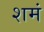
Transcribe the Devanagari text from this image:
शमं